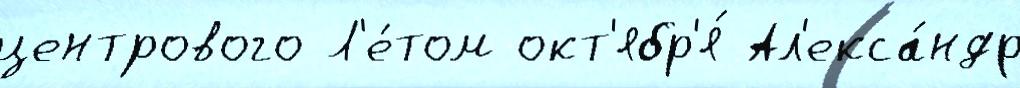
центрового Л'е́том окт'ябр'я́ Ал'екса́ндр